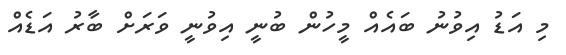
މި އަޑު އިވުނު ބައެއް މީހުން ބުނީ އިވުނީ ވަރަށް ބާރު އަޑެއް